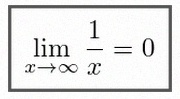
\lim_{x\to\infty}\frac{1}{x}=0